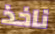
ناخذ